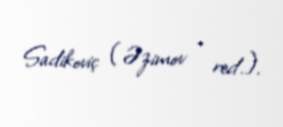
Sadikoviç (Əzimov - red.).